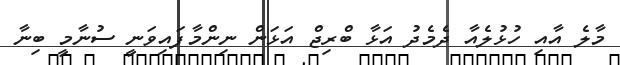
މާލެ އާއި ހުޅުލެއާ ދެމެދު އަޅާ ބްރިޖް އަޅަން ނިންމާފައިވަނީ ސުނާމީ ބިނާ